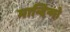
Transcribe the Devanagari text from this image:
मान्दिन्गो